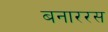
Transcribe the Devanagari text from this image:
बनाररस